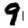
Digit: 9